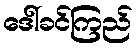
ဒေါ်ခင်ကြည်